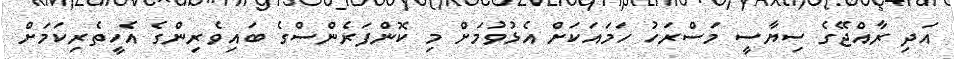
އަދި ރާއްޖޭގެ ސިޔާސީ މަސްރަހު ހަމައަކަށް އެޅުވުމަށް މި ކޮންފަރެންސްގެ ބައިވެރިންގެ އެހީތެރިކަމަށް